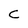
Character: c